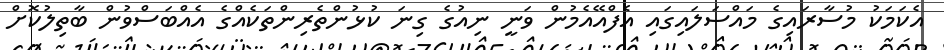
އެކަމަކު މުސާރައިގެ މައްސަލައިގައި އެފްއޭއެމުން ވަނީ ނިއުގެ ގިނަ ކުޅުންތެރިންތަކެއްގެ އެއްބަސްވުން ބާތިލުކޮށް